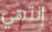
إنتهي